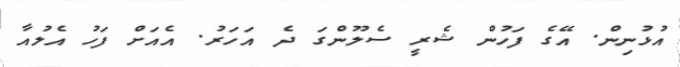
އުޅުނިން. އޭގެ ފަހުން ޝެރީ ސެލޫންގަ ދެ އަހަރު. އެއަށް ފަހު އެލުއާ